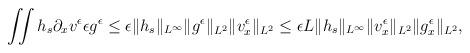
LaTeX: \begin{align*}\begin{aligned}\iint h_s \partial_x v^\epsilon \epsilon g^\epsilon &\leq \epsilon \Vert h_s \Vert_{L^\infty}\Vert g^\epsilon\Vert_{L^2}\Vert v^\epsilon_x\Vert_{L^2}\leq \epsilon L \Vert h_s \Vert_{L^\infty}\Vert v^\epsilon_x \Vert_{L^2}\Vert g^\epsilon_x\Vert_{L^2},\end{aligned}\end{align*}